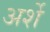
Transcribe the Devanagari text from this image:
अर्शे